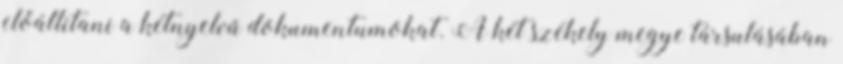
előállítani a kétnyelvű dokumentumokat. A két székely megye társulásában